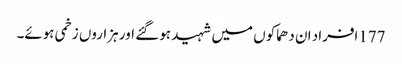
177افراد ان دھماکوں میں شہید ہو گئے اور ہزاروں زخمی ہوئے۔